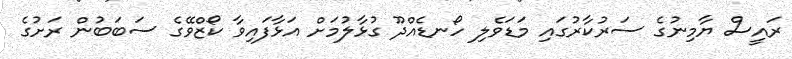
ރައީސް ޔާމިނުގެ ސަރުކާރުގައި މަޑަވެލި ހޯނޑެއްދޫ ގުޅާލުމަށް އަޅާފައިވާ ކޯޒްވޭގެ ސަބަބުން ރަށުގެ